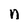
Character: n